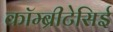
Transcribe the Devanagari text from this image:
कॉम्ब्रीटेसिई